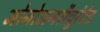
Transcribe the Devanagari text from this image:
मोनोअनसैचुरेटेड